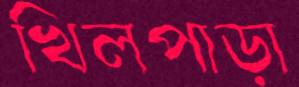
খিলপাড়া